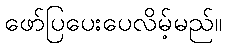
ဖော်ပြပေးပေလိမ့်မည်။